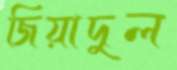
জিয়াদুল